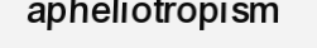
apheliotropism